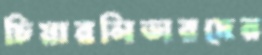
চিয়ারলিডারদের